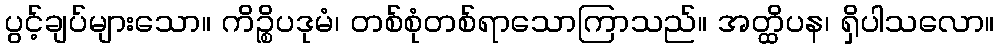
ပွင့်ချပ်များသော။ ကိဉ္စိပဒုမံ၊ တစ်စုံတစ်ရာသောကြာသည်။ အတ္ထိပန၊ ရှိပါသလော။